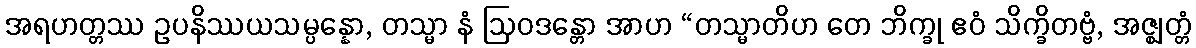
အရဟတ္တဿ ဥပနိဿယသမ္ပန္နော, တသ္မာ နံ ဩဝဒန္တော အာဟ “တသ္မာတိဟ တေ ဘိက္ခု ဧဝံ သိက္ခိတဗ္ဗံ, အဇ္ဈတ္တံ